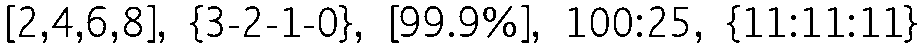
[2,4,6,8], {3-2-1-0}, [99.9%], 100:25, {11:11:11}